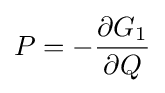
P=-{\frac {\partial G_{1}}{\partial Q}}